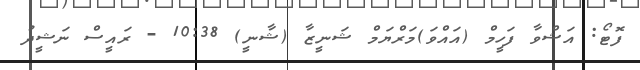
ފޮޓޯ: އަޝްވާ ފަހީމް (އައްވަ)މަރްޔަމް ޝަނީޒާ (ޝާނީ) 10:38 - ރައީސް ނަޝީދު